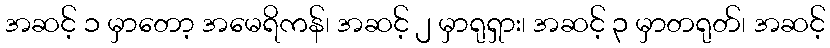
အဆင့် ၁ မှာတော့ အမေရိကန်၊ အဆင့် ၂ မှာရုရှား၊ အဆင့် ၃ မှာတရုတ်၊ အဆင့်